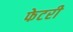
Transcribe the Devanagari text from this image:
फेटरी